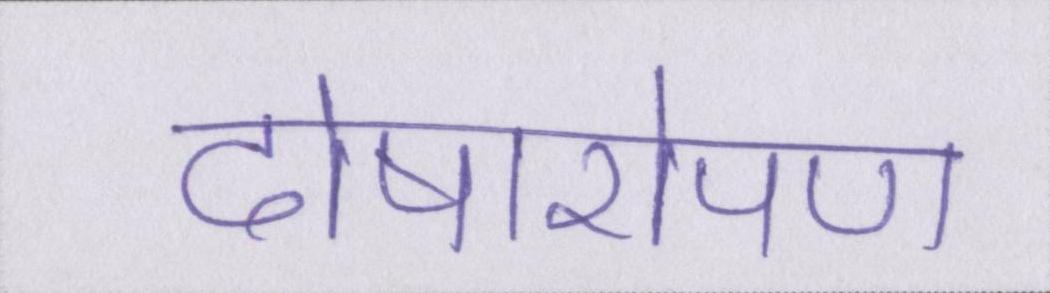
दोषारोपण